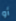
أو